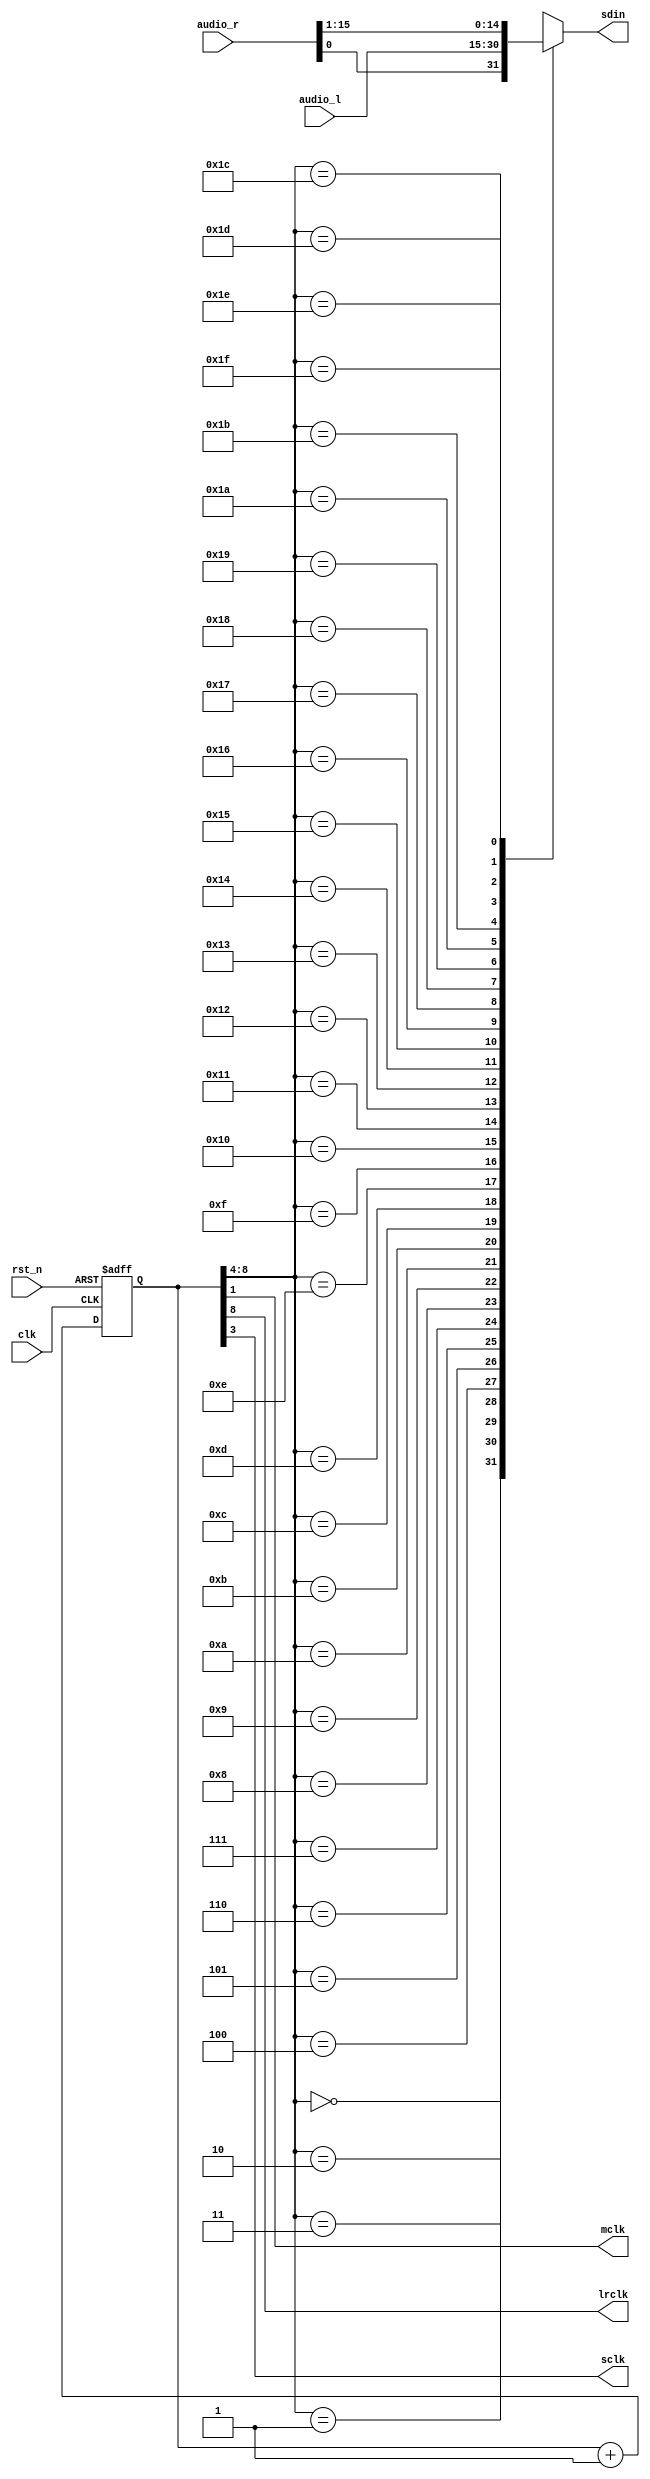
`timescale 1ns / 1ps
//////////////////////////////////////////////////////////////////////////////////
// Company: 
// Engineer: 
// 
// Design Name: 
// Module Name: speaker
// Project Name: 
// Target Devices: 
// Tool Versions: 
// Description: 
// 
// Dependencies: 
// 
// Revision:
// Revision 0.01 - File Created
// Additional Comments:
// 
//////////////////////////////////////////////////////////////////////////////////


module speaker(
    output mclk, //
    output lrclk, // right_left clk
    output sclk,//serial clk
    output reg sdin, 
    input [15:0] audio_l,
    input [15:0] audio_r, 
    input clk,
    input rst_n
    );
    
    reg [8:0] cnt;
    wire [8:0] next_cnt;
    
    //for all the clk speaker need
    assign mclk = cnt[1]; // master clk's frequency is 100Mhz/4
    assign sclk = cnt[3]; // serial clk's frequency is 100Mh/4/4
    assign lrclk = cnt[8]; // Left-Right clk's frequency is 100Mhz/4/128
     
    always@ (posedge clk or negedge rst_n)
    begin
        if(rst_n == 1'b0)
        begin
            cnt <= 9'd0;
        end
        else
        begin
            cnt <= next_cnt;
        end
    end
    
     assign next_cnt = cnt + 9'd1;
    
    
    //for parallel  to serial 
    always @*
    begin
        case(cnt[8:4])
            5'd0: sdin = audio_r[0];
            5'd1: sdin = audio_l[15];
            5'd2: sdin = audio_l[14];
            5'd3: sdin = audio_l[13];
            5'd4: sdin = audio_l[12];
            5'd5: sdin = audio_l[11];
            5'd6: sdin = audio_l[10];
            5'd7: sdin = audio_l[9];
            5'd8: sdin = audio_l[8];
            5'd9: sdin = audio_l[7];
            5'd10: sdin = audio_l[6];
            5'd11: sdin = audio_l[5];
            5'd12: sdin = audio_l[4];
            5'd13: sdin = audio_l[3];
            5'd14: sdin = audio_l[2];
            5'd15: sdin = audio_l[1];
            5'd16: sdin = audio_l[0];
            5'd17: sdin = audio_r[15];
            5'd18: sdin = audio_r[14];
            5'd19: sdin = audio_r[13];
            5'd20: sdin = audio_r[12];
            5'd21: sdin = audio_r[11];
            5'd22: sdin = audio_r[10];
            5'd23: sdin = audio_r[9];
            5'd24: sdin = audio_r[8];
            5'd25: sdin = audio_r[7];
            5'd26: sdin = audio_r[6];
            5'd27: sdin = audio_r[5];
            5'd28: sdin = audio_r[4];
            5'd29: sdin = audio_r[3];
            5'd30: sdin = audio_r[2];
            5'd31: sdin = audio_r[1];
        endcase
    end       
    
endmodule